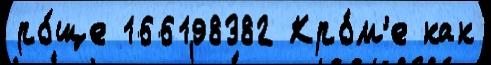
ро́ще 166198382 Кро́м'е как